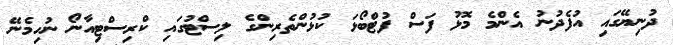
ދުނިޔޭގައި އުފެދުނު އެންމެ މޮޅު ފަސް ފުޓްބޯޅަ ކުޅުންތެރިންގެ ލިސްޓުގައި ކްރިސްޓިއާނޯ ނުހިމެނޭ